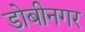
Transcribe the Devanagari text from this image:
डोबीनगर